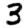
Digit: 3